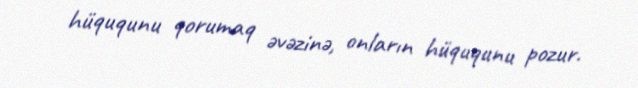
hüququnu qorumaq əvəzinə, onların hüququnu pozur.